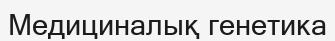
Медициналық генетика